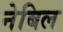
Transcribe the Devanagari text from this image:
नेबिल